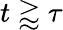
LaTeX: t\gtrapprox\tau